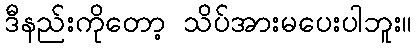
ဒီနည်းကိုတော့ သိပ်အားမပေးပါဘူး။